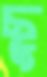
ছু